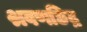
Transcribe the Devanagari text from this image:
श्रवणछिद्र